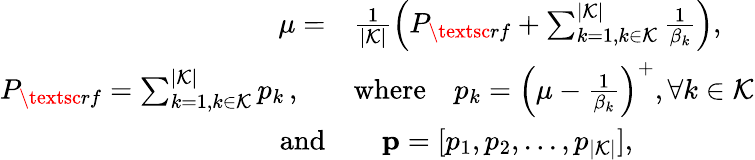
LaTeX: \begin{array}{rl}{\mu=}&{\frac{1}{|\mathcal{K}|}\left(P_{\textsc{rf}}+\sum_{k=1,k\in\mathcal{K}}^{|\mathcal{K}|}\frac{1}{\beta_{k}}\right),}\\ {P_{\textsc{rf}}=\sum_{k=1,k\in\mathcal{K}}^{|\mathcal{K}|}p_{k}\, ,\quad}&{\mathrm{where}\quad p_{k}=\left(\mu-\frac{1}{\beta_{k}}\right)^{+},\forall k\in\mathcal{K}}\\ {\mathrm{and}}&{\quad{\mathbf p}=[p_{1},p_{2},...,p_{|\mathcal{K}|}],}\end{array}